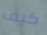
كيف